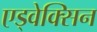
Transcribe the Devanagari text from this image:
एड्वेक्सिन